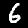
Label: 6